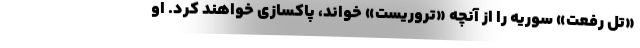
«تل رفعت» سوریه را از آنچه «تروریست» خواند، پاکسازی خواهند کرد. او